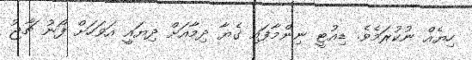
ހިޔެއް ނުކުރަމެވެ. ޑިއުޓީ ނިންމާފައި ގެޔާ ދިމާއަށް ދިޔައީ އަވަހަށް ފޯނު ޗާޖު